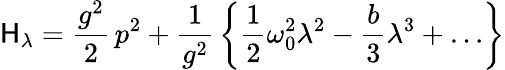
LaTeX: \mathsf{H}_{\lambda}=\frac{{g^{2}}}{{2}}\, p^{2}+\frac{{1}}{{g^{2}}}\, \left\{ \frac{{1}}{{2}}\omega_{0}^{2}\lambda^{2}-\frac{{b}}{{3}}\lambda^{3}+\ldots\right\}